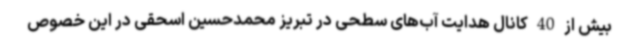
بیش از 40 کانال هدایت آب‌های سطحی در تبریز محمدحسین اسحقی در این خصوص